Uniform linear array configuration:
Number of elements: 12
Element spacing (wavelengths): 1
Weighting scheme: hamming
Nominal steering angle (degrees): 0
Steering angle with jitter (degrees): -1.632
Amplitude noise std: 0.05
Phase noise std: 0.05

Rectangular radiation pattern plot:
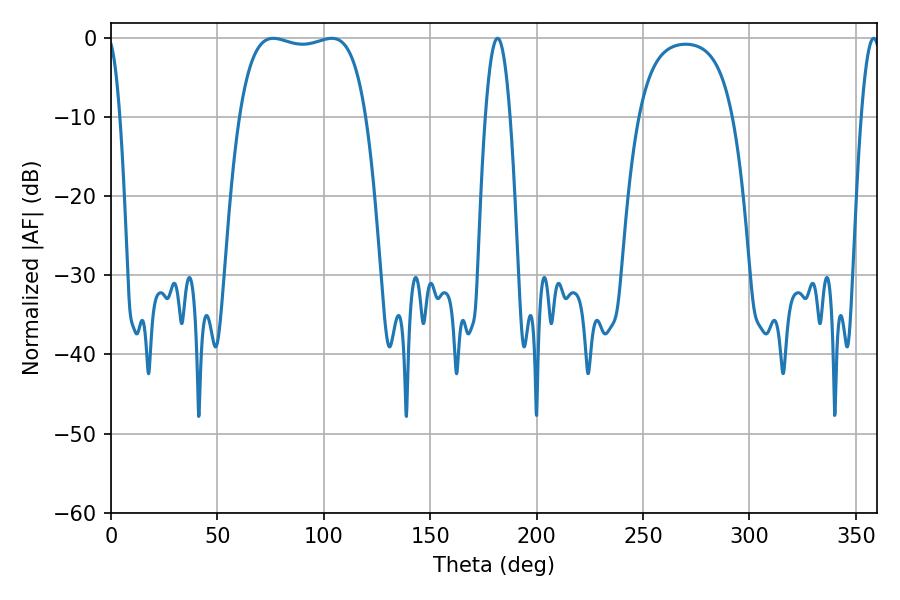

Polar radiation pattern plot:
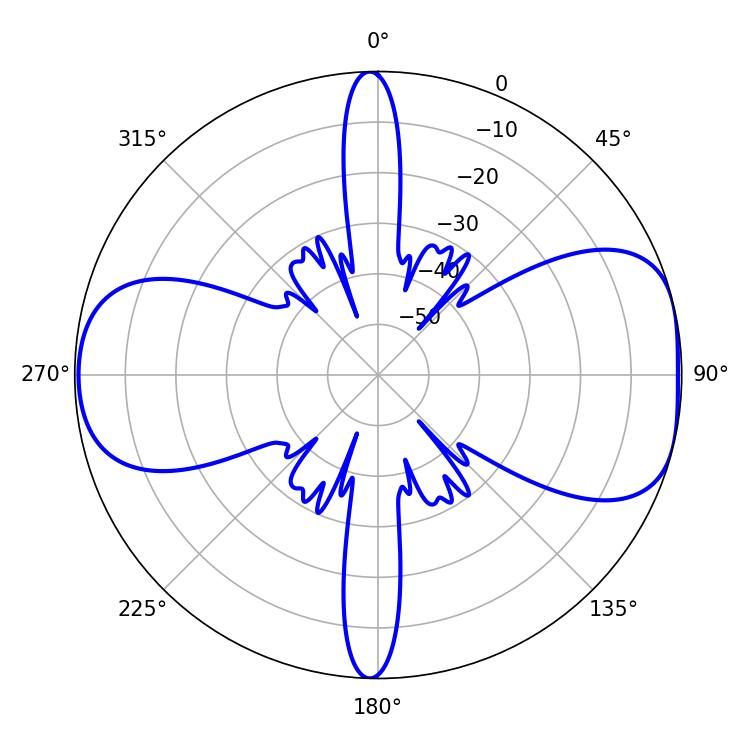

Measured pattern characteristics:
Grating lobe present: TRUE
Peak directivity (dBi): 7.821
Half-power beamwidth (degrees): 47.52
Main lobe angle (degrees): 76.32